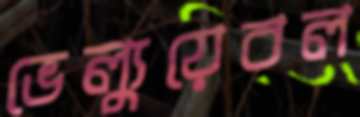
ভেল্যুয়েবল